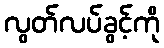
လွတ်လပ်ခွင့်ကို